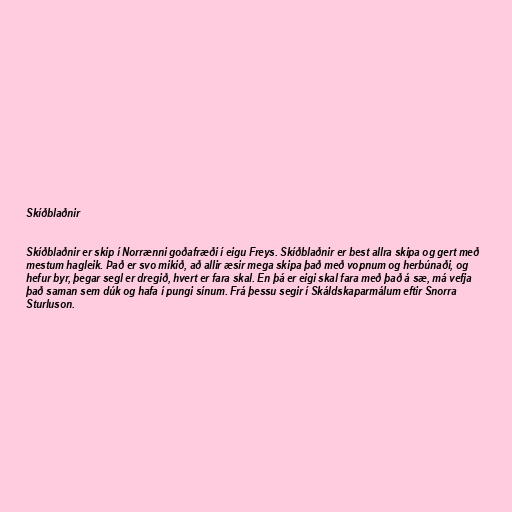
Skíðblaðnir

Skíðblaðnir er skip í Norrænni goðafræði í eigu Freys. Skíðblaðnir er best allra skipa og gert með
mestum hagleik. Það er svo mikið, að allir æsir mega skipa það með vopnum og herbúnaði, og
hefur byr, þegar segl er dregið, hvert er fara skal. En þá er eigi skal fara með það á sæ, má vefja
það saman sem dúk og hafa í pungi sínum. Frá þessu segir í Skáldskaparmálum eftir Snorra
Sturluson.